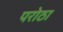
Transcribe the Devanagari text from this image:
परोठा